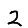
Digit: 2